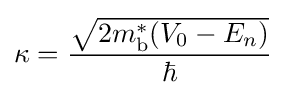
\kappa ={\frac {\sqrt {2m_{\text{b}}^{*}(V_{0}-E_{n})}}{\hbar }}